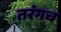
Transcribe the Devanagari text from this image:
तरंगच